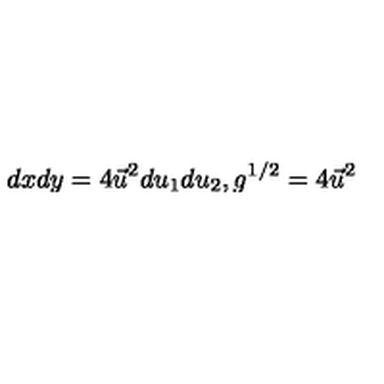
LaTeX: d x d y = 4 \vec { u } ^ { 2 } d u _ { 1 } d u _ { 2 } , g ^ { 1 / 2 } = 4 \vec { u } ^ { 2 }